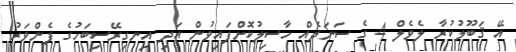
އޭ ޤަބޫލުކުރާ ލެވެލް 4 ގެ ސަނަދެއް ހާސިލުކޮށްފައިވުން އަދި އިނގިރޭސިބަހުގެ ފެންވަރު